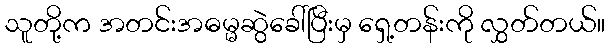
သူတို့က အတင်းအဓမ္မဆွဲခေါ်ပြီးမှ ရှေ့တန်းကို လွှတ်တယ်။